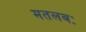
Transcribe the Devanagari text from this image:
मतलबः